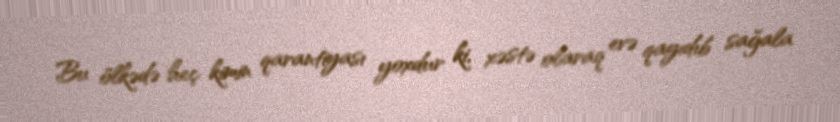
Bu ölkədə heç kimin qarantiyası yoxdur ki, xəstə olaraq evə qayıdıb sağala